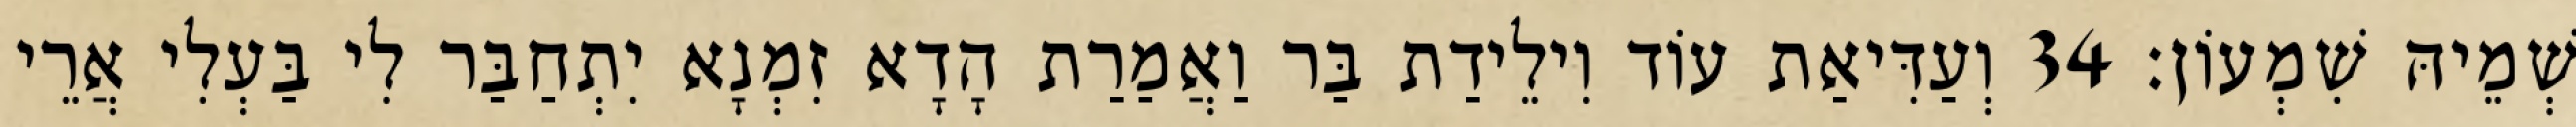
שְׁמֵיהּ שִׁמְעוֹן׃ 34 וְעַדִּיאַת עוֹד וִילֵידַת בַּר וַאֲמַרַת הָדָא זִמְנָא יִתְחַבַּר לִי בַּעְלִי אֲרֵי